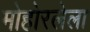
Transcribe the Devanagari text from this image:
मोहोरलेला